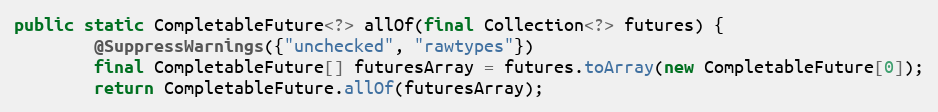
Language: Java
public static CompletableFuture<?> allOf(final Collection<?> futures) {
        @SuppressWarnings({"unchecked", "rawtypes"})
        final CompletableFuture[] futuresArray = futures.toArray(new CompletableFuture[0]);
        return CompletableFuture.allOf(futuresArray);